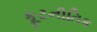
કૂટનીતિક